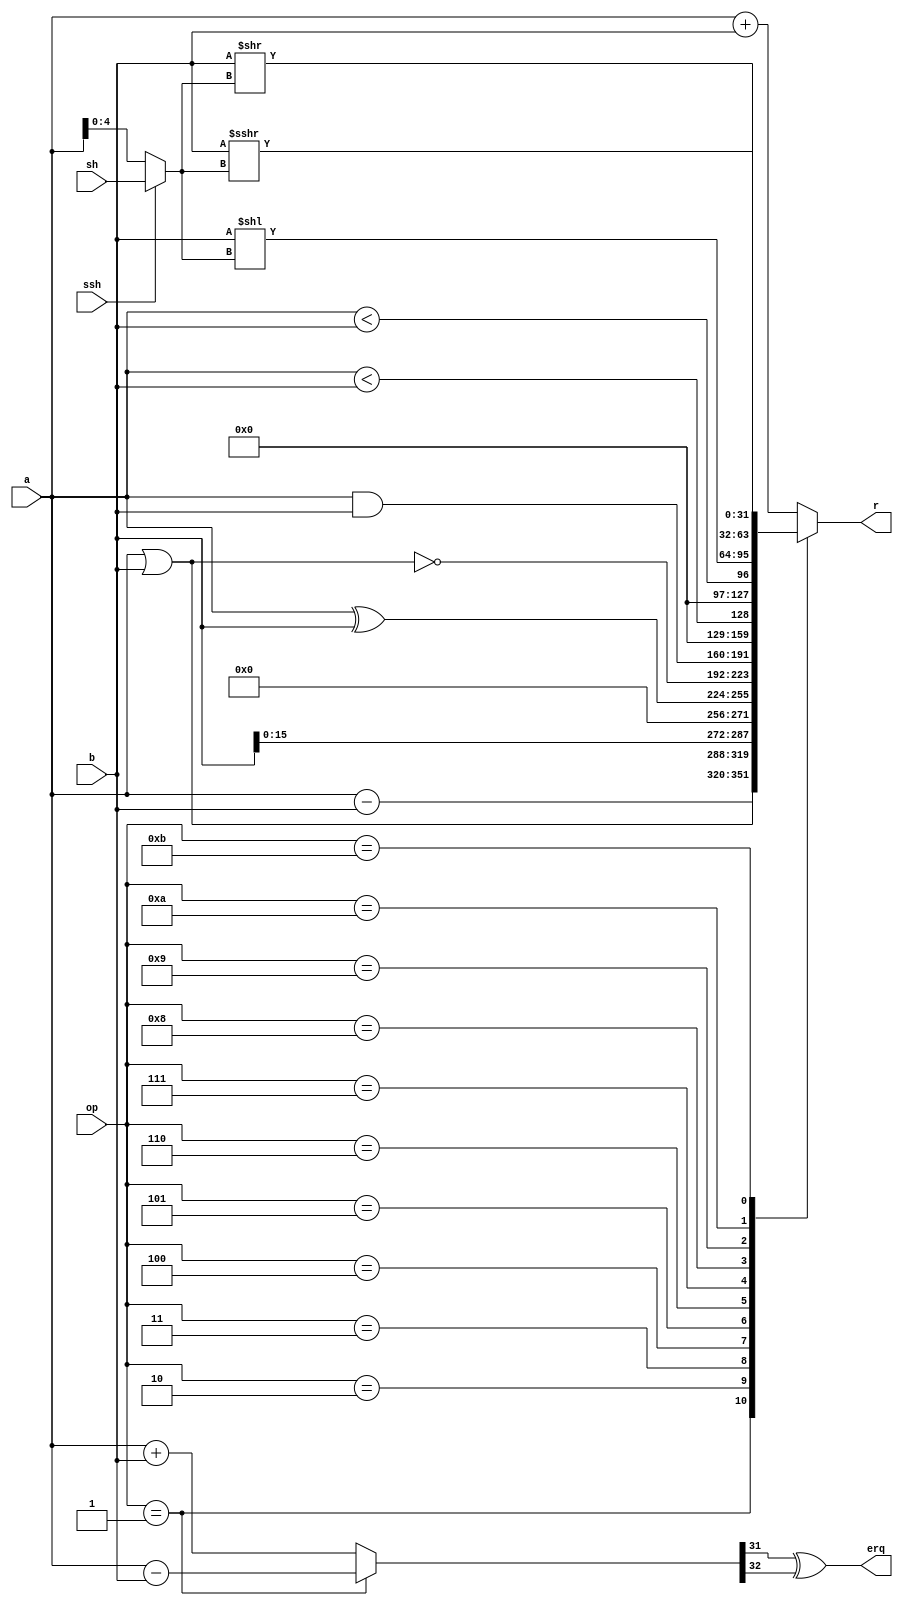
`timescale 1ns / 1ps

module ALU(
    input [31:0] a, b,
    input [4:0] sh,
    input [3:0] op,
    input ssh,
    output reg [31:0] r,
    output erq
    );

    wire [4:0] s = ssh ? sh : a[4:0];

    wire signed [32:0] la = $signed(a), lb = $signed(b);
    wire [32:0] lr = op == 1 ? la - lb : la + lb;
    assign erq = lr[31] ^ lr[32];

    always @(*) begin
        case (op)
            1: r <= a - b;
            2: r <= a | b;
            3: r <= b << 16;
            4: r <= a ^ b;
            5: r <= ~(a | b);
            6: r <= a & b;
            7: r <= a < b;
            8: r <= $signed(a) < $signed(b);
            9: r <= b << s;
            10: r <= b >> s;
            11: r <= $signed($signed(b) >>> $signed(s));
            default: r <= a + b;
        endcase
    end
endmodule